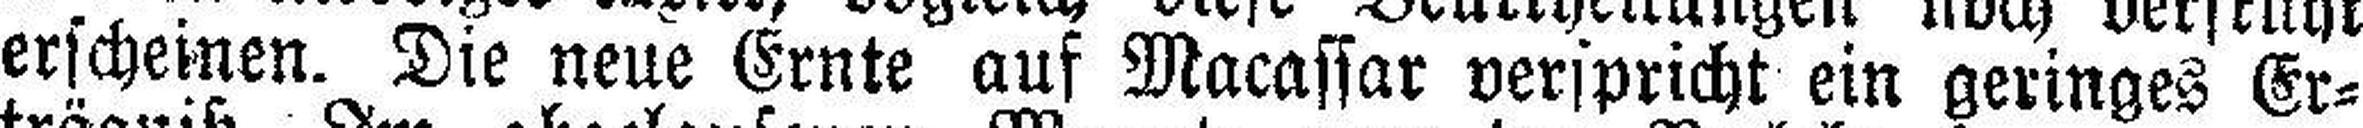
erscheinen. Die neue Ernte auf Macassar verspricht ein geringes Er¬